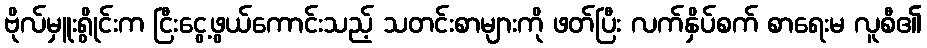
ဗိုလ်မှူးရွိုင်းက ငြီးငွေ့ဖွယ်ကောင်းသည့် သတင်းစာများကို ဖတ်ပြီး လက်နှိပ်စက် စာရေးမ လူစီ၏